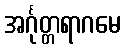
အင်္ဂုတ္တရာဂမေ